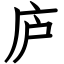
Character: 庐